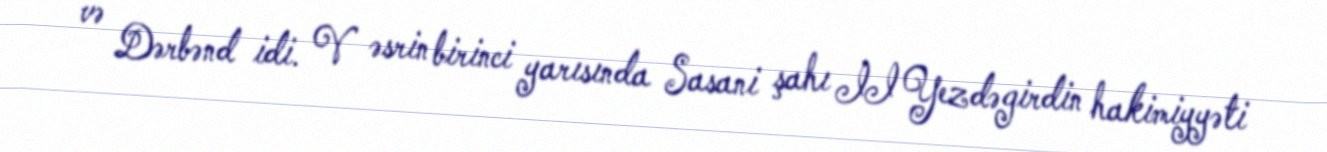
və Dərbənd idi. V əsrin birinci yarısında Sasani şahı II Yezdəgirdin hakimiyyəti